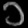
Digit: ၁